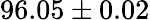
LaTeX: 96.05\pm 0.02